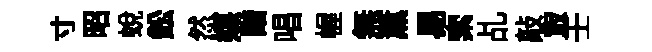
寸昭蛻鈆然媒諧唱幄無薫易索乩敲㝡壬